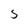
Character: S